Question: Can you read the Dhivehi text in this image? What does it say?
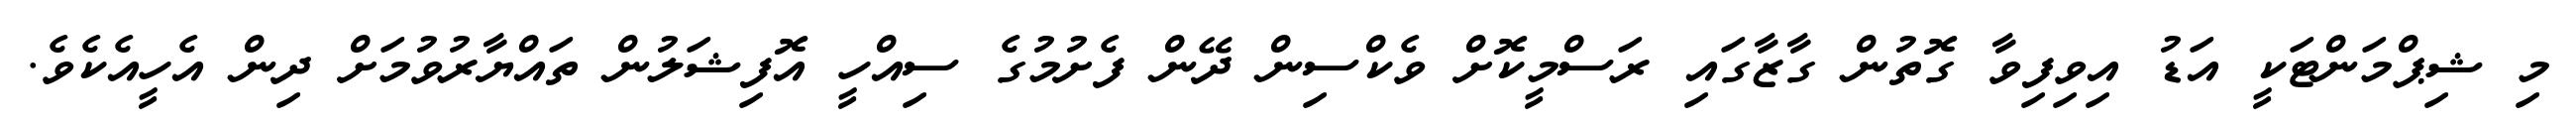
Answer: މި ޝިޕްމަންޓަކީ އަޑު އިވިފިވާ ގޮތުން ގާޒާގައި ރަސްމީކޮށް ވެކްސިން ދޭން ފެށުމުގެ ސިއްހީ އޮފިޝަލުން ތައްޔާރުވުމަށް ދިން އެހީއެކެވެ.